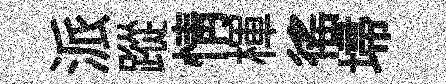
派蹤情楎徭埽